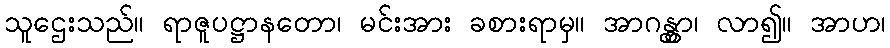
သူဌေးသည်။ ရာဇူပဋ္ဌာနတော၊ မင်းအား ခစားရာမှ။ အာဂန္တွာ၊ လာ၍။ အာဟ၊